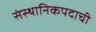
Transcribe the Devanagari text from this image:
संस्थानिकपदाची